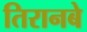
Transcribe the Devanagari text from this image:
तिरानबे